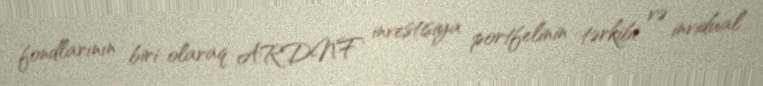
fondlarının biri olaraq ARDNF investisiya portfelinin tərkibi və invidual